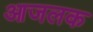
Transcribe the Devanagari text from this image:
आजलक